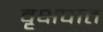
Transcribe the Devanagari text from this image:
वृक्षपात